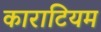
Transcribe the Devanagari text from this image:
काराटियम